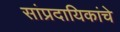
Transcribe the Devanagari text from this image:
सांप्रदायिकांचे